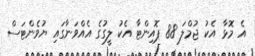
އެ މޮޅާ އެކު ޖުމްލަ 88 ޕޮއިންޓާ އެކު ލީގުގެ އެއްވަނާގައި ޔުވެންޓަސް